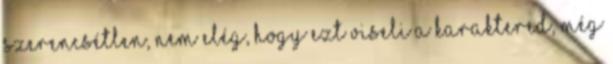
szerencsétlen, nem elég, hogy ezt viseli a karaktered, még